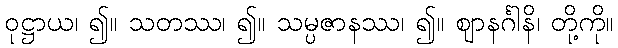
ဝုဋ္ဌာယ၊ ၍။ သတဿ၊ ၍။ သမ္ပဇာနဿ၊ ၍။ ဈာနင်္ဂါနိ၊ တို့ကို။